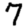
Digit: 7